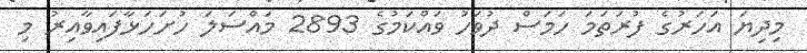
މިދިޔަ އަހަރުގެ ފުރަތަަމަ ހަމަސް ދުވަހު ވައްކަމުގެ 2893 މައްސަލަ ހުށަހަޅާފައިވާއިރު މި